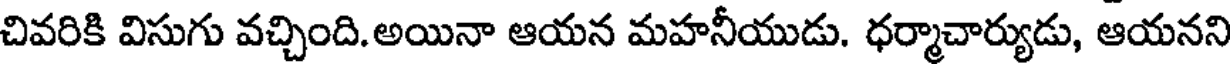
చివరికి విసుగు వచ్చింది.అయినా ఆయన మహనీయుడు. ధర్మాచార్యుడు, ఆయనని